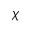
\chi